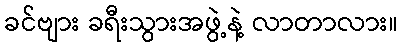
ခင်ဗျား ခရီးသွားအဖွဲ့နဲ့ လာတာလား။